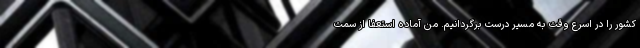
کشور را در اسرع وقت به مسیر درست برگردانیم. من آماده استعفا از سمت